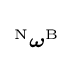
\scriptstyle {^{\mathrm {N} }{\boldsymbol {\omega }}^{\mathrm {B} }}